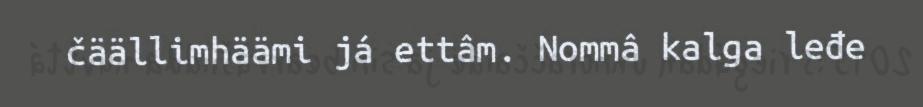
čäällimhäämi já ettâm. Nommâ kalga leđe